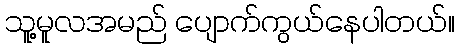
သူ့မူလအမည် ပျောက်ကွယ်နေပါတယ်။